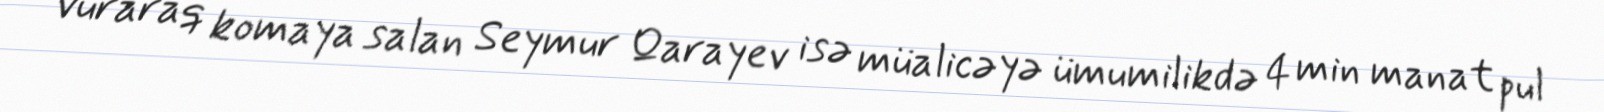
vuraraq komaya salan Seymur Qarayev isə müalicəyə ümumilikdə 4 min manat pul